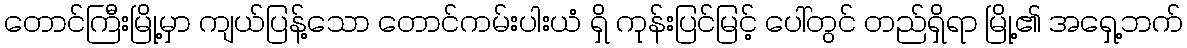
တောင်ကြီးမြို့မှာ ကျယ်ပြန့်သော တောင်ကမ်းပါးယံ ရှိ ကုန်းပြင်မြင့် ပေါ်တွင် တည်ရှိရာ မြို့၏ အရှေ့ဘက်